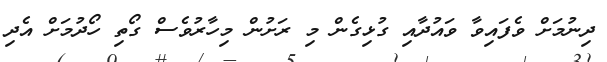
ދިނުމަށް ވެފައިވާ ވައުދާއި ގުޅިގެން މި ރަށުން މިހާރުވެސް ގޯތި ހޯދުމަށް އެދި